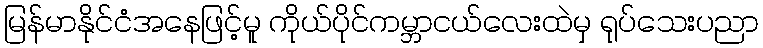
မြန်မာနိုင်ငံအနေဖြင့်မူ ကိုယ်ပိုင်ကမ္ဘာငယ်လေးထဲမှ ရုပ်သေးပညာ